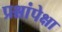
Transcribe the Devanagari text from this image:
प्रश्नांपेक्षा